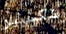
شكسبير